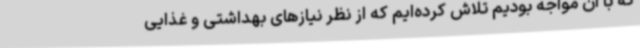
که با آن مواجه بودیم تلاش کرده‌ایم که از نظر نیازهای بهداشتی و غذایی